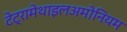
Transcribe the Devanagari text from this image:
टेट्रामेथाइलअमोनियम